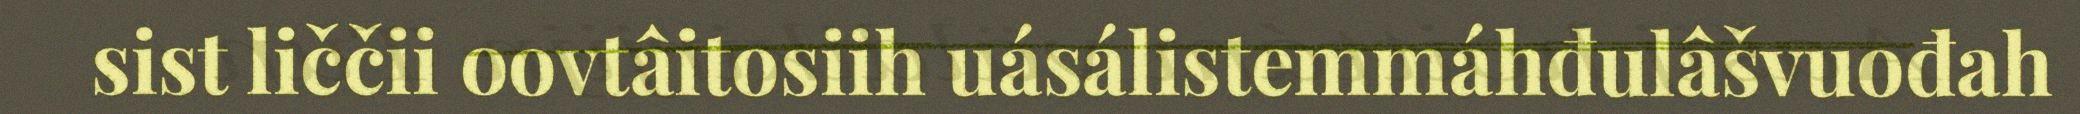
sist liččii oovtâitosiih uásálistemmáhđulâšvuođah